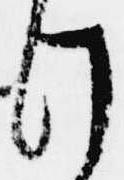
け